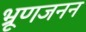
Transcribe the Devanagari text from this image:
भ्रूणजनन